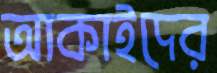
আকাইদের